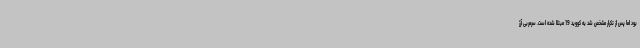
بود اما پس از تکرار مشخص شد به کووید 19 مبتلا شده است. سرمربی آرژ